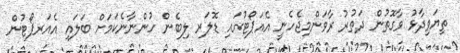
ތިޔަވިދާޅު ވާގޮތުން ދަތުރު ރާވަންމިޖެހެނީ އެއަޕޯޓުގައި ޑޮލަރ ލިބެން ހުންނާނެކަމަށް ބަލައި އެއަރޕޯޓުން